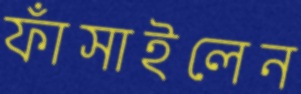
ফাঁসাইলেন